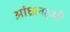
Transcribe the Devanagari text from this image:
आंध्रलक्ष्मी